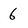
Character: 6